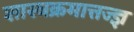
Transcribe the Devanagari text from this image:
शास्त्रक्रमात्तज्ज्ञ